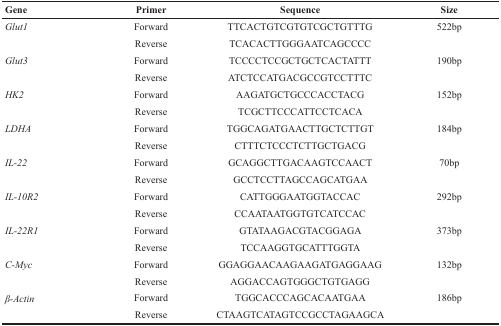
<table><thead><tr><td><b>Gene</b></td><td><b>Primer</b></td><td><b>Sequence</b></td><td><b>Size</b></td></tr></thead><tbody><tr><td><i>Glut1</i></td><td>Forward</td><td>TTCACTGTCGTGTCGCTGTTTG</td><td>522bp</td></tr><tr><td></td><td>Reverse</td><td>TCACACTTGGGAATCAGCCCC</td><td></td></tr><tr><td><i>Glut3</i></td><td>Forward</td><td>TCCCCTCCGCTGCTCACTATTT</td><td>190bp</td></tr><tr><td></td><td>Reverse</td><td>ATCTCCATGACGCCGTCCTTTC</td><td></td></tr><tr><td><i>HK2</i></td><td>Forward</td><td>AAGATGCTGCCCACCTACG</td><td>152bp</td></tr><tr><td></td><td>Reverse</td><td>TCGCTTCCCATTCCTCACA</td><td></td></tr><tr><td><i>LDHA</i></td><td>Forward</td><td>TGGCAGATGAACTTGCTCTTGT</td><td>184bp</td></tr><tr><td></td><td>Reverse</td><td>CTTTCTCCCTCTTGCTGACG</td><td></td></tr><tr><td><i>IL-22</i></td><td>Forward</td><td>GCAGGCTTGACAAGTCCAACT</td><td>70bp</td></tr><tr><td></td><td>Reverse</td><td>GCCTCCTTAGCCAGCATGAA</td><td></td></tr><tr><td><i>IL-10R2</i></td><td>Forward</td><td>CATTGGGAATGGTACCAC</td><td>292bp</td></tr><tr><td></td><td>Reverse</td><td>CCAATAATGGTGTCATCCAC</td><td></td></tr><tr><td><i>IL-22R1</i></td><td>Forward</td><td>GTATAAGACGTACGGAGA</td><td>373bp</td></tr><tr><td></td><td>Reverse</td><td>TCCAAGGTGCATTTGGTA</td><td></td></tr><tr><td><i>C-Myc</i></td><td>Forward</td><td>GGAGGAACAAGAAGATGAGGAAG</td><td>132bp</td></tr><tr><td></td><td>Reverse</td><td>AGGACCAGTGGGCTGTGAGG</td><td></td></tr><tr><td><i>β-Actin</i></td><td>Forward</td><td>TGGCACCCAGCACAATGAA</td><td>186bp</td></tr><tr><td></td><td>Reverse</td><td>CTAAGTCATAGTCCGCCTAGAAGCA</td><td></td></tr></tbody></table>